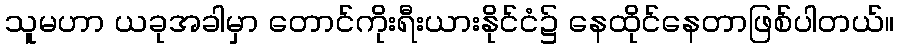
သူမဟာ ယခုအခါမှာ တောင်ကိုးရီးယားနိုင်ငံ၌ နေထိုင်နေတာဖြစ်ပါတယ်။